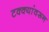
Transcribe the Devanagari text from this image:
टक्‍क्‍यांवरून